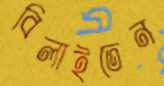
বিলাইতেন